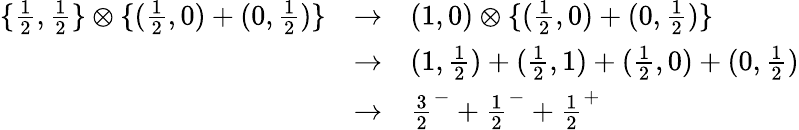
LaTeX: \begin{array}{lll}{{\{ {\frac{1}{2}},{\frac{1}{2}}\} \otimes\{ ({\frac{1}{2}},0)+(0,{\frac{1}{2}})\} }}&{{\rightarrow}}&{{(1,0)\otimes\{ ({\frac{1}{2}},0)+(0,{\frac{1}{2}})\} }}\\ {{}}&{{\rightarrow}}&{{(1,{\frac{1}{2}})+({\frac{1}{2}},1)+({\frac{1}{2}},0)+(0,{\frac{1}{2}})}}\\ {{}}&{{\rightarrow}}&{{{\frac{3}{2}}^{-}+{\frac{1}{2}}^{-}+{\frac{1}{2}}^{+}}}\end{array}